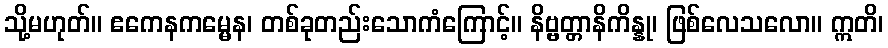
သို့မဟုတ်။ ဧကေနကမ္မေန၊ တစ်ခုတည်းသောကံကြောင့်။ နိဗ္ဗတ္တာနိကိန္နု၊ ဖြစ်လေသလော။ ဣတိ၊